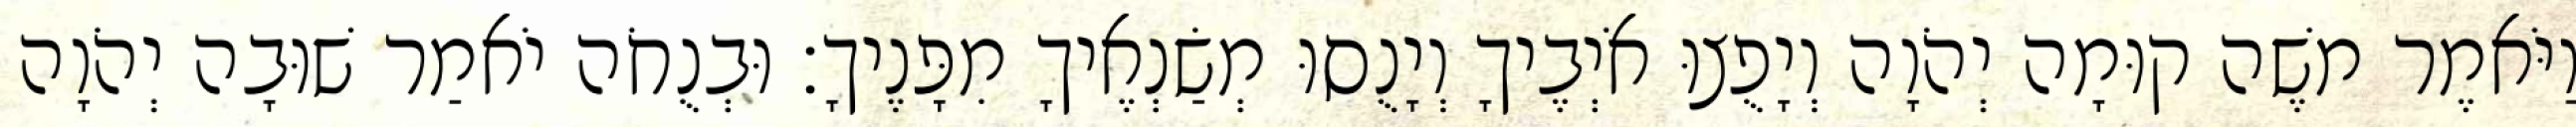
וַיֹּאמֶר משֶׁה קוּמָה יְהֹוָה וְיָפֻצוּ אֹיְבֶיךָ וְיָנֻסוּ מְשַׂנְאֶיךָ מִפָּנֶיךָ׃ וּבְנֻחֹה יֹאמַר שׁוּבָה יְהֹוָה